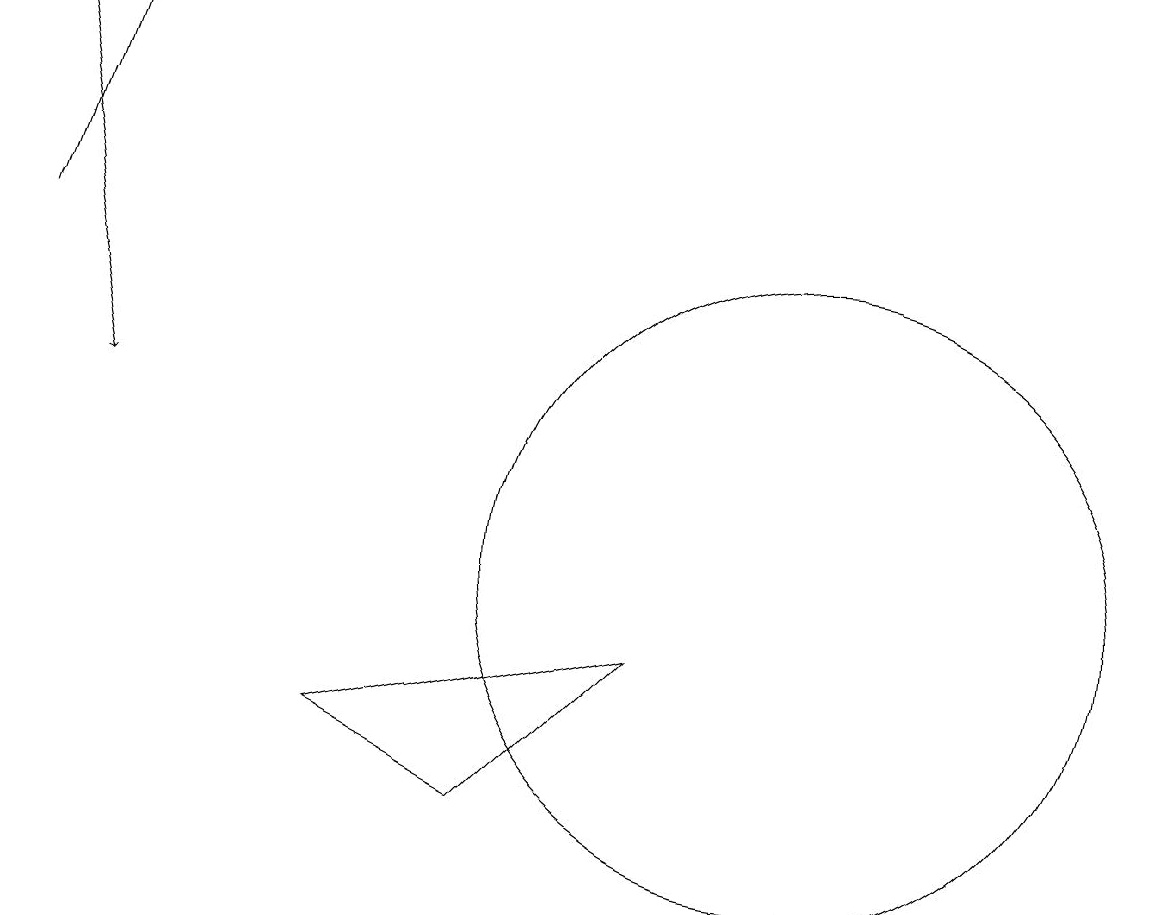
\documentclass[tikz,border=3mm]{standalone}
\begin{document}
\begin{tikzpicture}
\draw[->] (1,14) -- (2,17);
\draw (11,10) circle (4);
\draw[->] (1,17) -- (2,12);
\draw (5,8) -- (9,9) -- (7,7) -- cycle;
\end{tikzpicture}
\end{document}